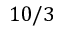
1 0 / 3